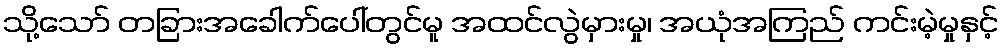
သို့သော် တခြားအခေါက်ပေါ်တွင်မူ အထင်လွဲမှားမှု၊ အယုံအကြည် ကင်းမဲ့မှုနှင့်